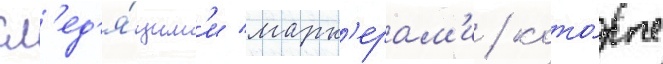
сл'ед'я́щим'и марк'ерам'и / кото́рые